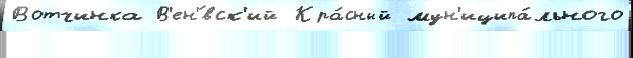
Вотчинка В'ен'́вск'ий Кра́сный мун'иципа́льного